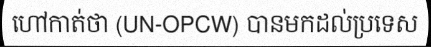
ហៅកាត់ថា (UN-OPCW) បានមកដល់ប្រទេស